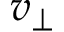
v _ { \perp }